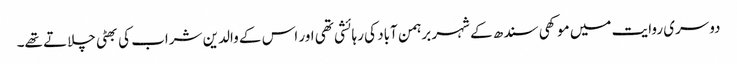
دوسری روایت میں موکھی سندھ کے شہر برہمن آباد کی رہائشی تھی اور اس کے والدین شراب کی بھٹی چلاتے تھے۔